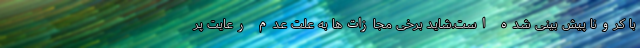
با کرونا پیش بینی شده است.شاید برخی مجازات‌ها به علت عدم رعایت پر